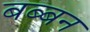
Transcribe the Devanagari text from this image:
बब्‍बन